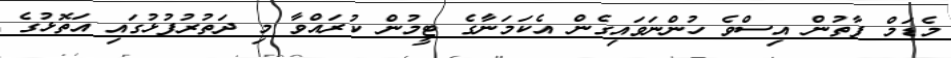
މެޑަމް ފާތުން އިސްވެ ހުންނަވައިގެން އެކަމަނާގެ ޓީމުން ކުރައްވާ މި ދަތުރުފުޅުގައި އަތޮޅުގެ